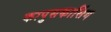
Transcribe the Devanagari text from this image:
कापुसकासिंग